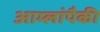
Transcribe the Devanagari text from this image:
आम्लांपैकी